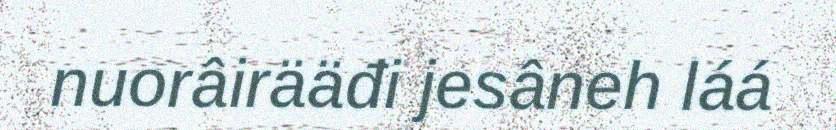
nuorâirääđi jesâneh láá